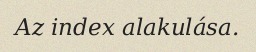
Az index alakulása.